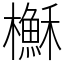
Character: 櫯